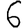
Digit: 6